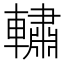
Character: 𰹧